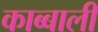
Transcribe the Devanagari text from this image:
काब्बाली